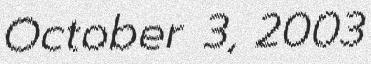
October 3, 2003